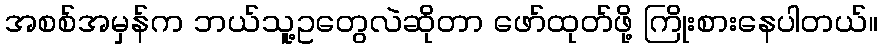
အစစ်အမှန်က ဘယ်သူ့ဥတွေလဲဆိုတာ ဖော်ထုတ်ဖို့ ကြိုးစားနေပါတယ်။